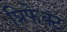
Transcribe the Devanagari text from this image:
प्रिफेक्ट